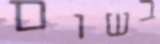
בשום